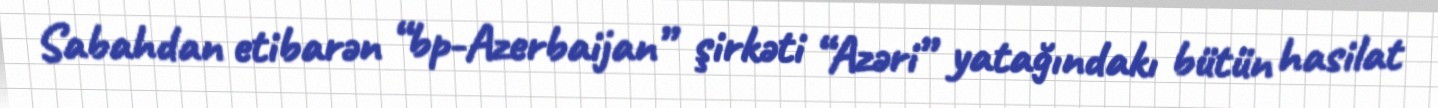
Sabahdan etibarən “bp-Azerbaijan” şirkəti “Azəri” yatağındakı bütün hasilat